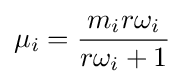
\mu _{i}={\frac {m_{i}r\omega _{i}}{r\omega _{i}+1}}